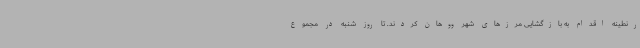
رنطینه اقدام به بازگشایی مرزهای شهر ووهان کردند. تا روز شنبه در مجموع